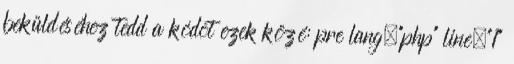
beküldéséhez tedd a kódot ezek közé: pre lang="php" line="1"